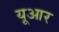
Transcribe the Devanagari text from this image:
यूआर